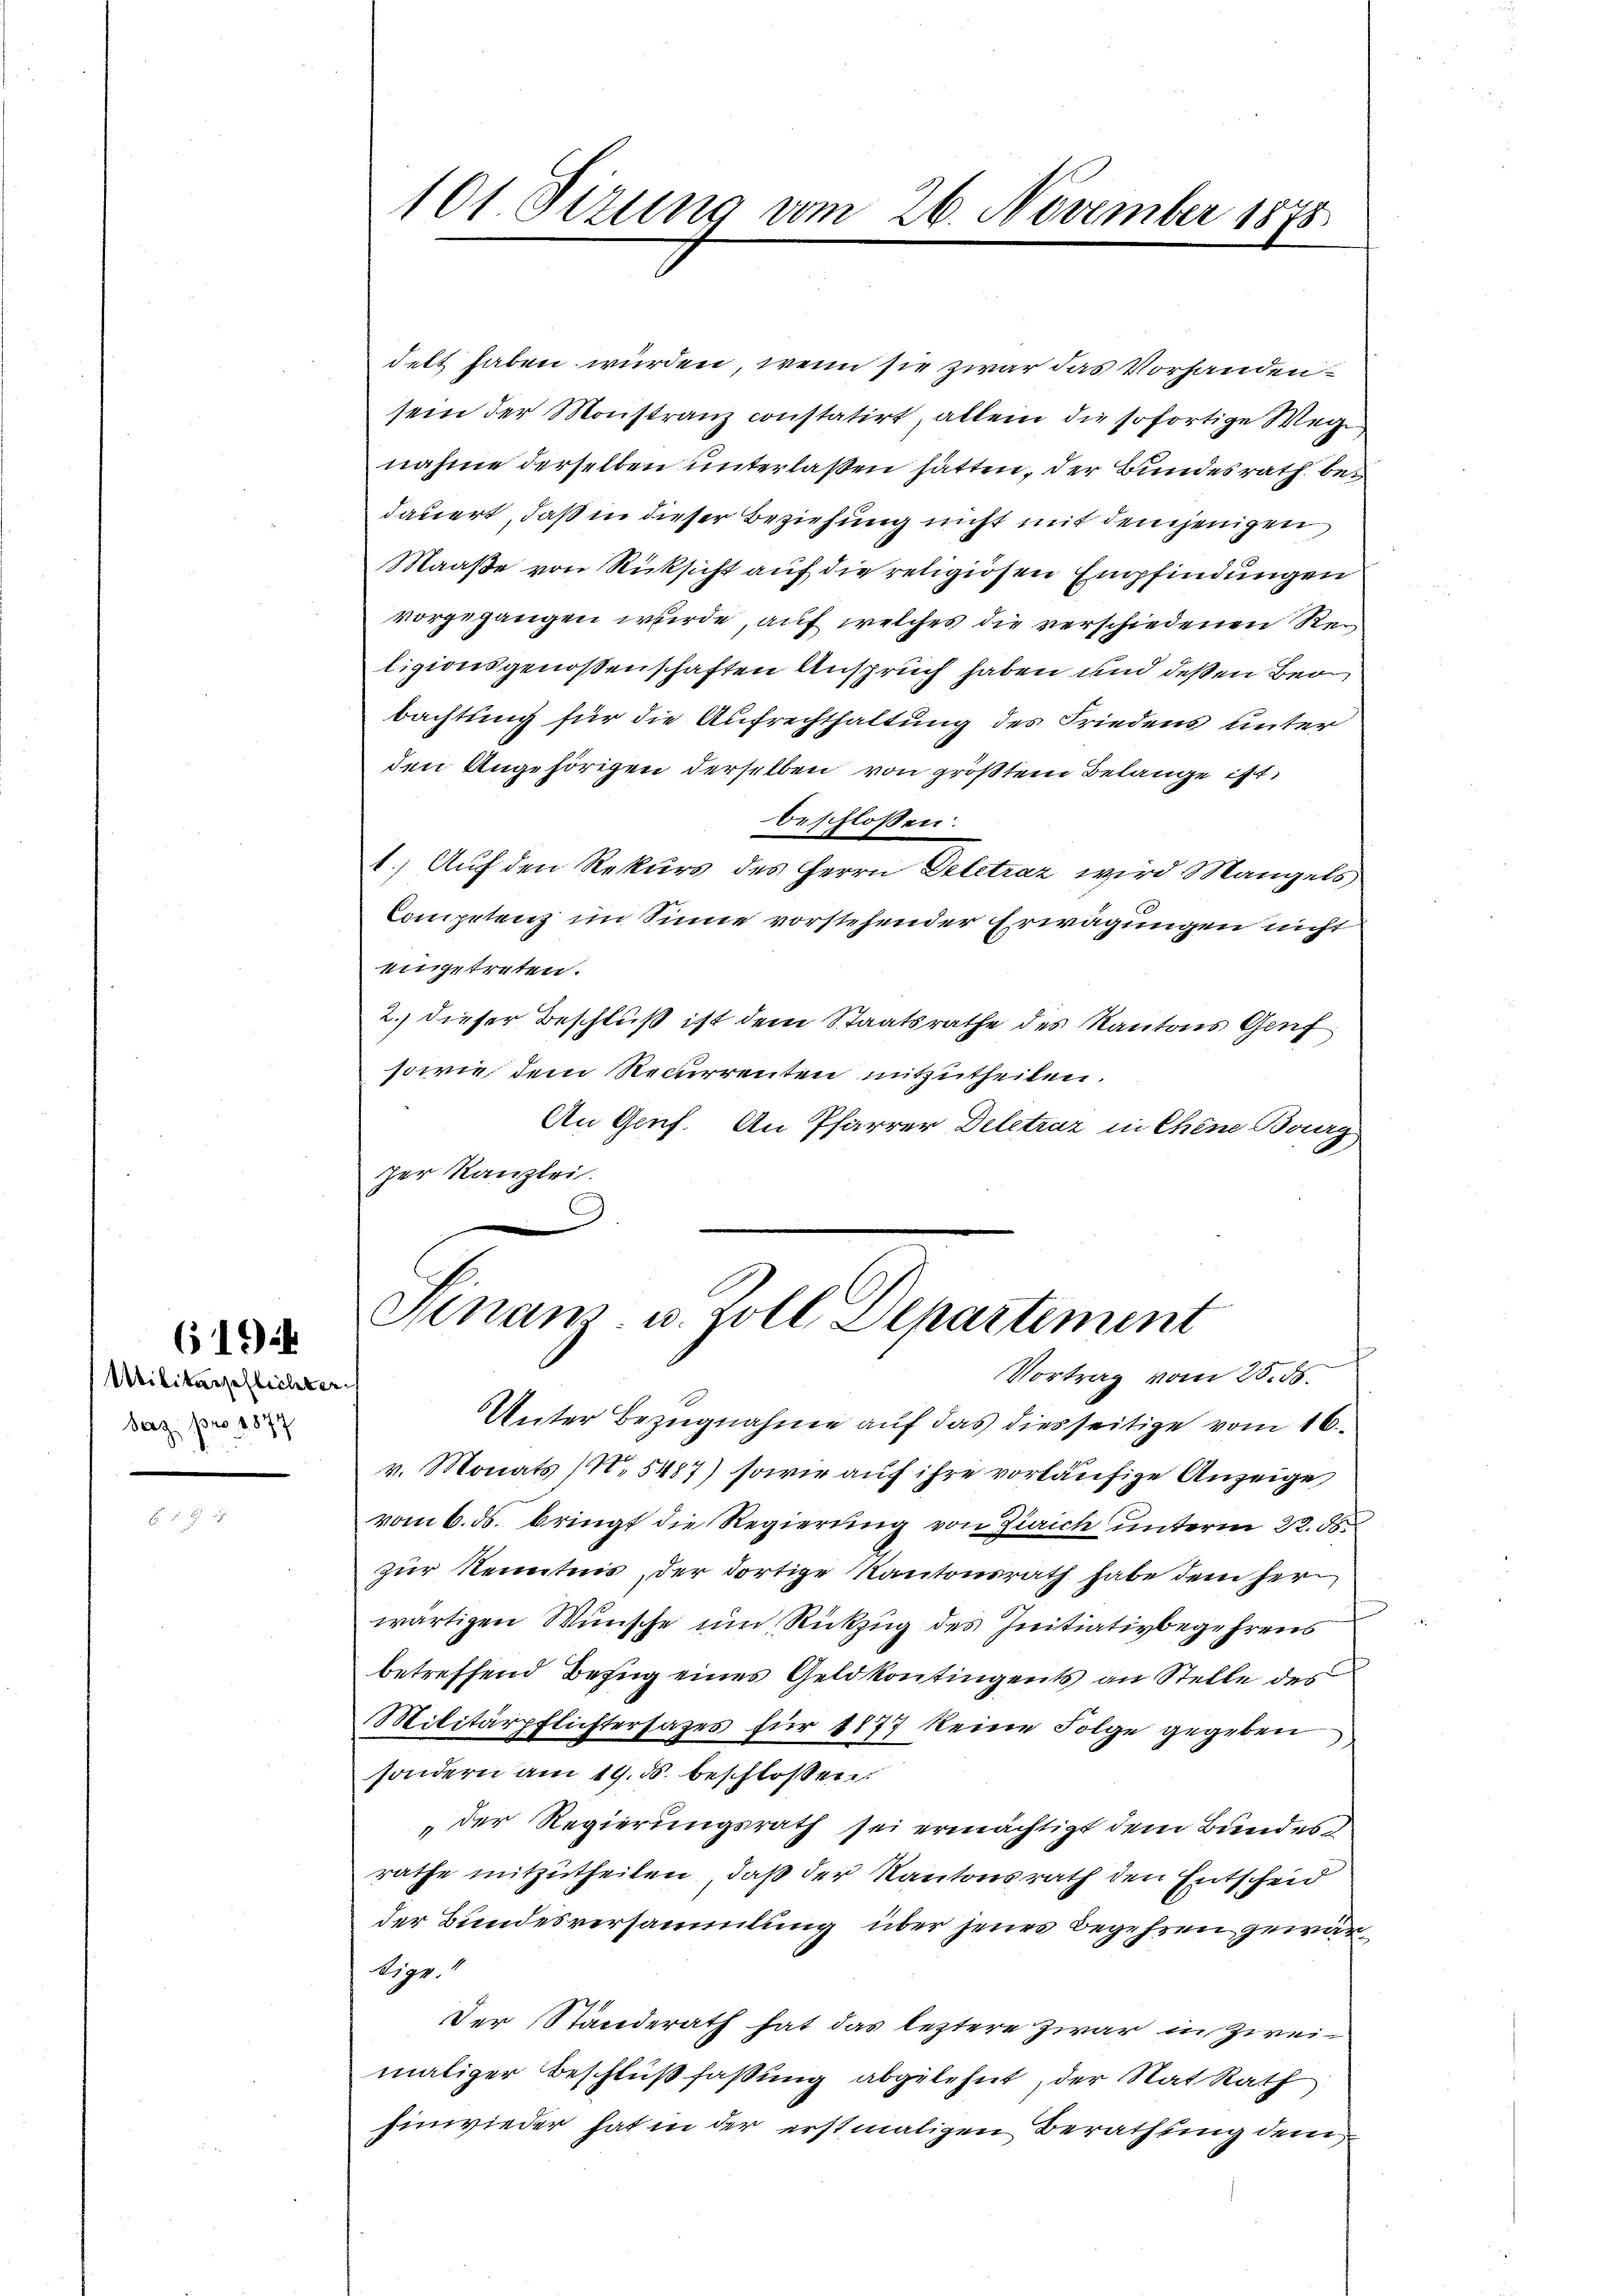
619

Militärschlechter
barz, pro 1877

101. Sizung vom 26. November 1875

delt haben würden, wenn sie zwar das Vorhandensein der Monstranz constatirt, allein die sofortige Wege
nahme derselben unterlaßen hätten, der Bundesrath bei
dauert, daß in dieser Beziehung nicht mit demjenigen
Maaße von Rücksicht auf die religiösen Empfindungen
vorgegangen wurde, auf welches die verschiedenen Religionsgenossenschaften Anspruch haben und deßen Ber
bachtung für die Aufrechthaltung des Friedens unter
den Angehörigen derselben von größtem Belange ist,
beschlossen:
1.) Auf den Rekurs des Herrn Deletraz wird Mangels
Competenz im Sinne vorstehender Erwägungen nicht
eingetreten.
2.) dieser Beschluß ist dem Staatsrathe des Kantons Genf
sowie dem Recurrenten mitzutheilen.
An Gruf. An Pfarrer Deletrar in Chine Bourg
zer Kanzlei.
C

Finanz- u. Zoll Departement
Vortrag vom 25. 56.

Unter Bezugnahme auf das diesseitige vom 16.
v. Monats (N. 5487) sowie auf ihre vorläufige Anzeige
vom 6. ds. bringt die Regierung von Zürich unterm 22. ds.
zur Kenntnis der dortige Kantonsrath habe dem her
wärtigen Wünsche um Rückzug des Initiativbegehrens
betreffend Bezug eines Geldkontingents an Stelle des
Militärpflichtersages für 1877 keine Folge gegeben
sondern am 19. ds. beschlossen:
„der Regierungsrath sei ermächtigt dem Bundes
rathe mitzutheilen, daß der Kantonsrath den Entscheid
der Bundesversammlung über jenes Begehren gewär¬
Bigr.
Der Ständerath hat das leztere Zwar in Zweimaliger Beschlußfaßung abgelehnt, der Rat Rath
hinwieder hat in der erstmaligen Berathung dem